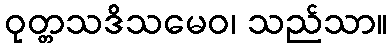
ဝုတ္တသဒိသမေဝ၊ သည်သာ။